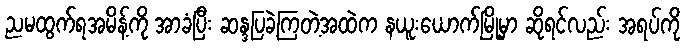
ညမထွက်ရအမိန့်ကို အာခံပြီး ဆန္ဒပြခဲ့ကြတဲ့အထဲက နယူးယောက်မြို့မှာ ဆိုရင်လည်း အရပ်ကို